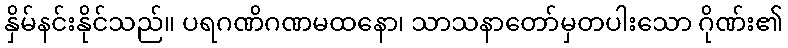
နှိမ်နင်းနိုင်သည်။ ပရဂဏိဂဏမထနော၊ သာသနာတော်မှတပါးသော ဂိုဏ်း၏